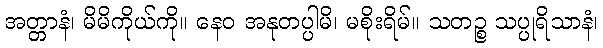
အတ္တာနံ၊ မိမိကိုယ်ကို။ နေဝ အနုတပ္ပါမိ၊ မစိုးရိမ်။ သတဉ္စ သပ္ပုရိသာနံ၊